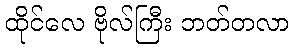
ထိုင်လေ ဗိုလ်ကြီး ဘတ်တလာ